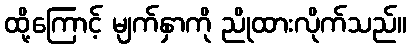
ထို့ကြောင့် မျက်နှာကို ညိုထားလိုက်သည်။